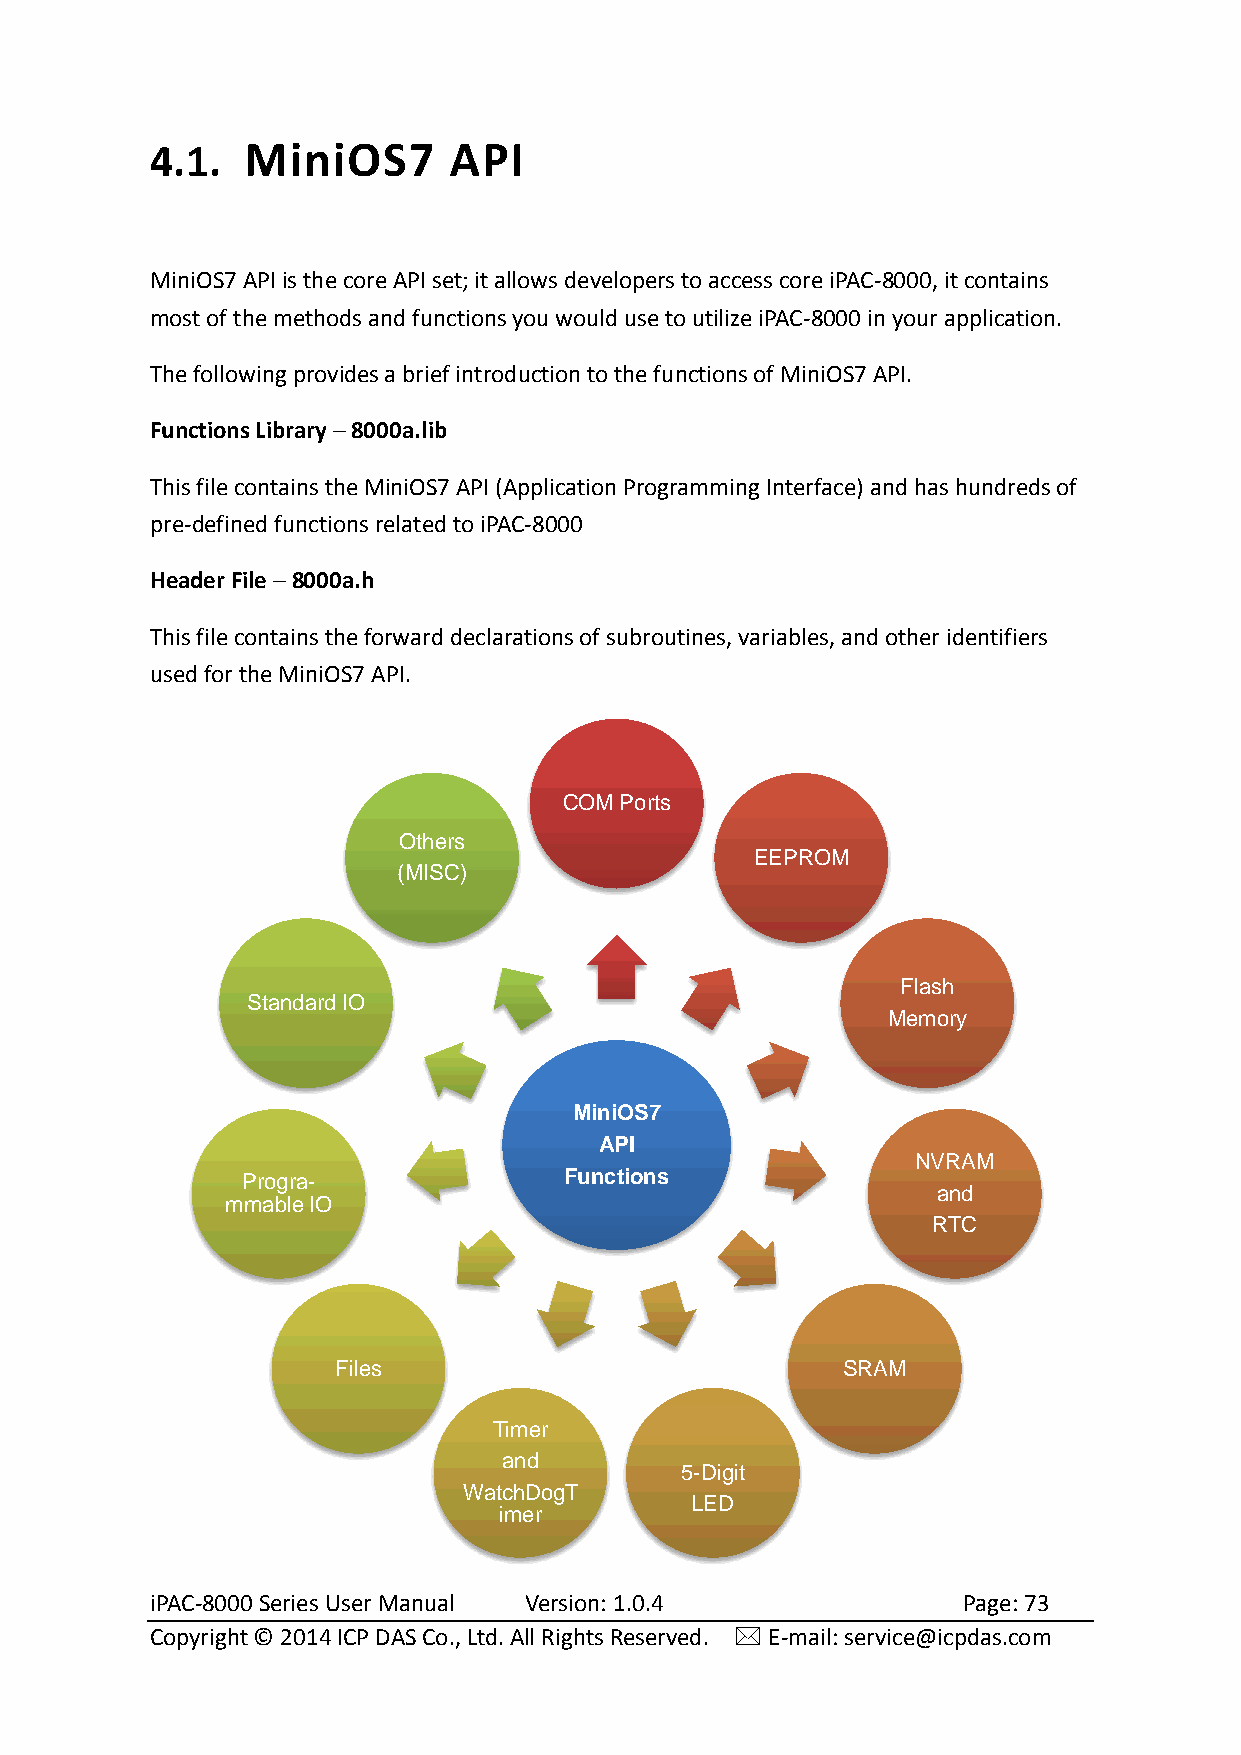
4.1.  MiniOS7       API
 MiniOS7 API is the core API set; it allows developers to access core iPAC-8000, it contains
 most of the methods and functions you would use to utilize iPAC-8000 in your application.
 The following provides a brief introduction to the functions of MiniOS7 API.
 Functions Library ─ 8000a.lib
 This file contains the MiniOS7 API (Application Programming Interface) and has hundreds of
 pre-defined functions related to iPAC-8000
 Header File ─ 8000a.h
 This file contains the forward declarations of subroutines, variables, and other identifiers
 used for the MiniOS7 API.
 COM Ports
 Others
 EEPROM
 (MISC)
 Flash
 Standard IO
 Memory
 MiniOS7
 API
 NVRAM
 Progra-              Functions
 and
 mmable IO
 RTC
 Files                             SRAM
 Timer
 and
 5-Digit
 WatchDogT
 LED
 imer
 iPAC-8000 Series User Manual Version: 1.0.4           Page: 73
 Copyright © 2014 ICP DAS Co., Ltd. All Rights Reserved.  E-mail: service@icpdas.com